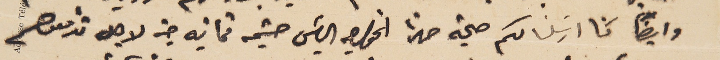
وايضاً كنا ارسَلنا لكم صحبة هذا الخواجه الياسَ حشيمه ثمانيه جنه لاجل تدفعوهم